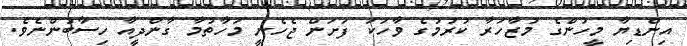
އިންޑިޔާ މީހުންގެ މުޒާހަރާ ކުރުމުގެ ވާހަކަ ފަށަން ޖެހެނީ މަހާތުމާ ގާންދީއާ ހިސާބުންނެވެ.